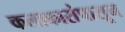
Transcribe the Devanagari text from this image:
कलाकारांपासून